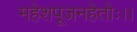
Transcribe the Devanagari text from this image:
महेशपूजनहेतोः।।